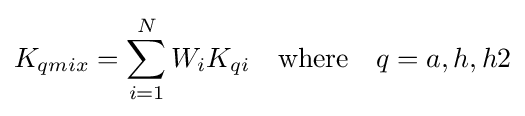
K_{qmix}=\sum _{i=1}^{N}W_{i}K_{qi}\quad {\text{where}}\quad q=a,h,h2